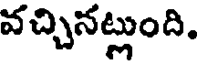
వచ్చినట్లుంది.